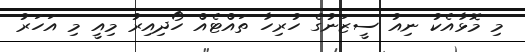
މި މޮޅާއެކު ނިއު ސީޒަނުގެ ހުރިހާ ތައްޓެއް ހޯދިއިރު މިއީ މި އަހަރު